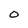
Character: 0